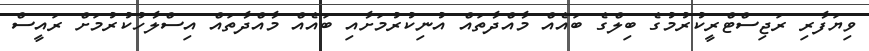
ވިޔަފާރި ރަޖިސްޓްރީކުރުމުގެ ބިލްގެ ބައެއް މާއްދާތައް އުނިކުރުމަށާއި ބައެއް މާއްދާތައް އިސްލާހުކުރުމަށް ރައީސް